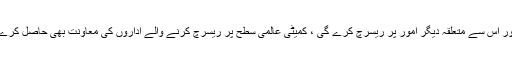
اپنے ٹویٹ میں فواد چودھری کا کہنا تھا کہ یہ کمیٹی کورونا ویکسین اور اس سے متعلقہ دیگر امور پر ریسرچ کرے گی ، کمیٹی عالمی سطح پر ریسرچ کرنے والے اداروں کی معاونت بھی حاصل کرے گی ، اس کے علاوہ سائنس فاؤنڈیشن ڈیٹا ریسرچ شروع کر رہی ہے ۔